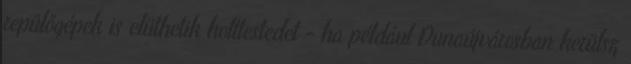
repülőgépek is elüthetik holttestedet - ha például Dunaújvárosban kerülsz